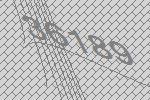
36189